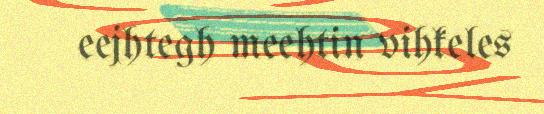
eejhtegh meehtin vihkeles